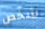
شخص